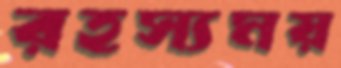
রহস্যময়